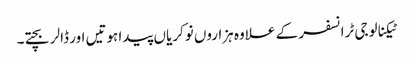
ٹیکنالوجی ٹرانسفر کے علاوہ ہزاروں نوکریاں پیدا ہوتیں اور ڈالر بچتے۔